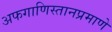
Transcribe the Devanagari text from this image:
अफगाणिस्तानप्रमाणे